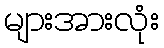
များအားလုံး